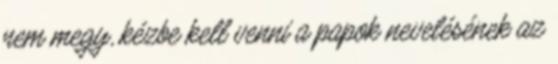
nem megy, kézbe kell venni a papok nevelésének az